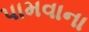
પામવાના